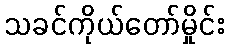
သခင်ကိုယ်တော်မှိုင်း